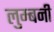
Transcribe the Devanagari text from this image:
लुम्बनी